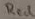
Text: Red